Cholera in India, 1862 to 1881
Year: 1862
Disease focus: Cholera
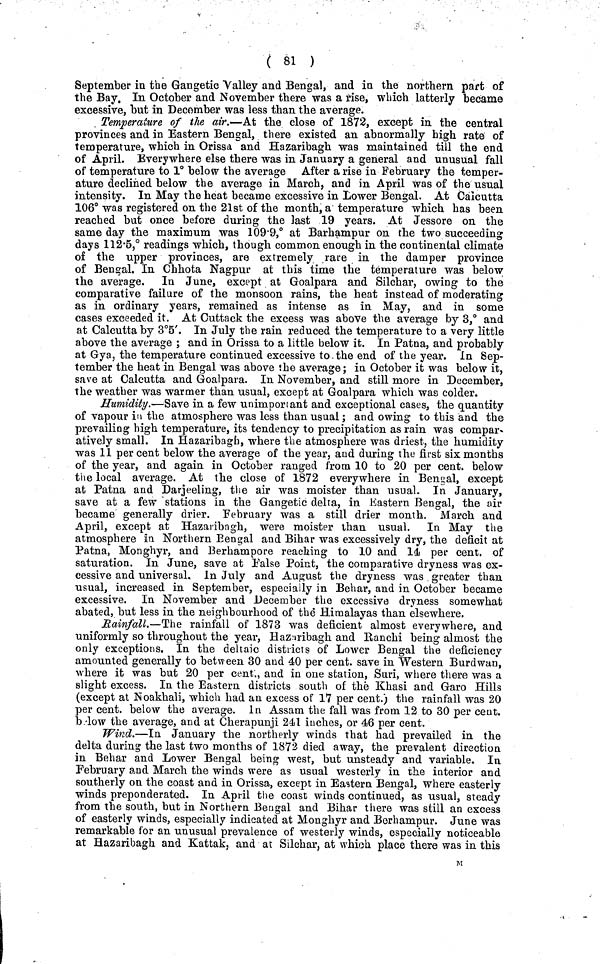
( 81 )
September in the Gangetic Valley and Bengal, and in the northern part of
the Bay. In October and November there was a rise, which latterly became
excessive, but in December was less than the average.
Temperature of the air.—At the close of 1872, except in the central
provinces and in Eastern Bengal, there existed an abnormally high rate of
temperature, which in Orissa and Hazaribagh was maintained till the end
of April. Everywhere else there was in January a general and unusual fall
of temperature to 1° below the average After a rise in February the temper-
ature declined below the average in March, and in April was of the usual
intensity. In May the heat became excessive in Lower Bengal. At Calcutta
106° was registered on the 21st of the month, a temperature which has been
reached but once before during the last 19 years. At Jessore on the
same day the maximum was 109·9,° at Barhampur on the two succeeding
days 112'5,° readings which, though common enough in the continental climate
of the upper provinces, are extremely rare in the damper province
of Bengal. In Chhota Nagpur at this time the temperature was below
the average. In June, except at Goalpara and Silchar, owing to the
comparative failure of the monsoon rains, the heat instead of moderating
as in ordinary years, remained as intense as in May, and in some
cases exceeded it. At Outtack the excess was above the average by 3,° and
at Calcutta by 3°5'. In July the rain reduced the temperature to a very little
above the average ; and in Orissa to a little below it. In Patna, and probably
at Gya, the temperature continued excessive to the end of the year. In Sep-
tember the heat in Bengal was above the average; in October it was below it,
save at Calcutta and Goalpara. In November, and still more in December,
the weather was warmer than usual, except at Goalpara which was colder.
Humidity.—Save in a few unimportant and exceptional cases, the quantity
of vapour in the atmosphere was less than usual; and owing to this and the
prevailing high temperature, its tendency to precipitation as rain was compar-
atively small. In Hazaribagh, where the atmosphere was driest, the humidity
was 11 per cent below the average of the year, and during the first six months
of the year, and again in October ranged from 10 to 20 per cent, below
the local average. At the close of 1872 everywhere in Bengal, except
at Patna and Darjeeling, the air was moister than usual. In January,
save at a few stations in the Gangetic delta, in Eastern Bengal, the air
became generally drier. February was a still drier month, March and
April, except at Hazaribagh, were moister than usual. In May the
atmosphere In. Northern Bengal and Bihar was excessively dry, the deficit at
Patna, Monghyr, and Berhampore reaching to 10 and 14 per cent, of
saturation. In June, save at False Point, the comparative dryness was ex-
cessive and universal. In July and August the dryness was greater than
usual, increased in September, especially in Behar, and in October became
excessive. In November and December the excessive dryness somewhat
abated, but less in the neighbourhood of the Himalayas than elsewhere.
Rainfall.—The rainfall of 1873 was deficient almost everywhere, and
uniformly so throughout the year, Hazaribagh and Ranchi being almost the
only exceptions. In the deltaic districts of Lower Bengal the deficiency
amounted generally to between 30 and 40 per cent, save in Western Burdwan,
where it was but 20 per cent., and in one station, Suri, where there was a
slight excess. In the Eastern districts south of the Khasi and Garo Hills
(except at Noakhali, which had an excess of 17 per cent.) the rainfall was 20
per cent. below the average. In Assam the fall was from 12 to 30 per cent.
below the average, and at Cherapunji 241 inches, or 46 per cent.
Wind.—In January the northerly winds that had prevailed in the
delta during the last two months of 1872 died away, the prevalent direction
in Behar and Lower Bengal being west, but unsteady and variable. In
February and March the winds were as usual westerly in the interior and
southerly on the coast and in Orissa, except in Eastern Bengal, where easterly
winds preponderated. In April the coast winds continued, as usual, steady
from the south, but in Northern Bengal and Bihar there was still an excess
of easterly winds, especially indicated at Monghyr and Berhampur. June was
remarkable for an unusual prevalence of westerly winds, especially noticeable
at Hazaribagh and Kattak, and at Silchar, at which place there was in this
M